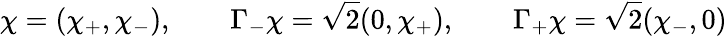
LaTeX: \chi=(\chi_{+},\chi_{-}),\qquad\Gamma_{-}\chi={\sqrt 2}(0,\chi_{+}),\qquad\Gamma_{+}\chi={\sqrt 2}(\chi_{-},0)